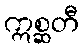
ဣစ္ဆတီ